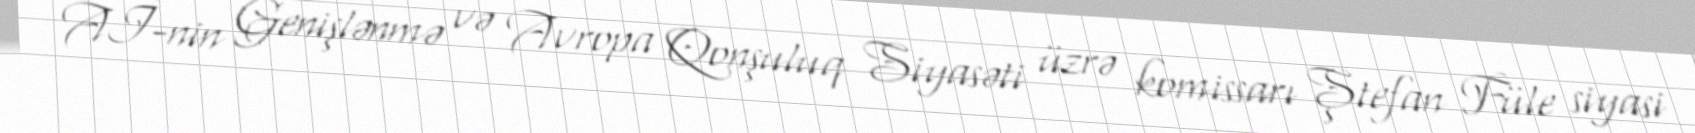
Aİ-nin Genişlənmə və Avropa Qonşuluq Siyasəti üzrə komissarı Ştefan Füle siyasi